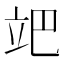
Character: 𥩙